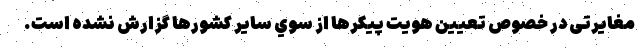
مغايرتی در خصوص تعيين هويت پيكرها از سوي ساير كشورها گزارش نشده است.